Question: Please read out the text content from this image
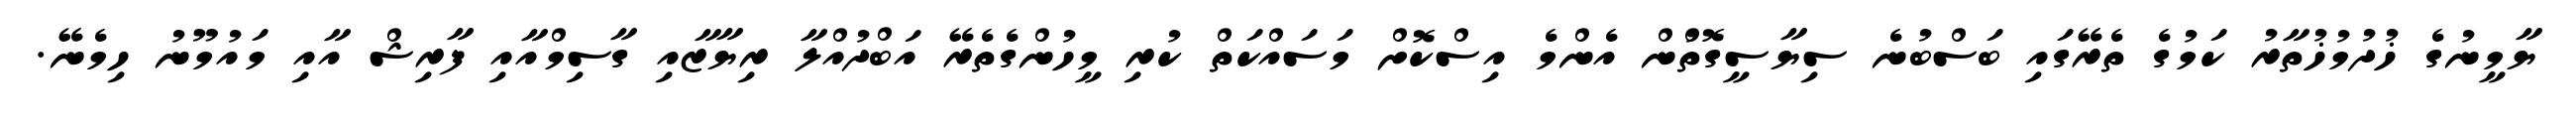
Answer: ޔާމީނުގެ ޚުދުމުޚުތާރު ކަމުގެ ތެރޭގައި ބަސްބުނެ ސިޔާސީގޮތުްން އެންމެ އިސްކޮށް މަސައްކަތް ކުރި މީހުންގެތެރޭ އަބްދުއްލާ ރިޔާޒާއި ގާސިމްއާއި ފާރިޝް އާއި މައުމޫނު ހިމެނޭ.